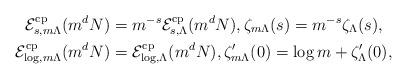
LaTeX: \begin{align*} \mathcal{E}_{s,m\Lambda}^{\rm cp}(m^d N)&=m^{-s}\mathcal{E}_{s,\Lambda}^{\rm cp}(m^d N), \zeta_{m\Lambda}(s)=m^{-s}\zeta_\Lambda(s),\\\mathcal{E}_{\log,m\Lambda}^{\rm cp}(m^d N)&=\mathcal{E}_{\log,\Lambda}^{\rm cp}(m^d N), \zeta_{m\Lambda}'(0)=\log m +\zeta_\Lambda'(0), \end{align*}